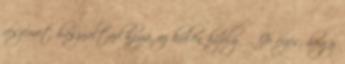
részemet használtad hozzá, az külön hízelgő. Jó érzés, hogy